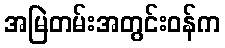
အမြဲတမ်းအတွင်းဝန်က